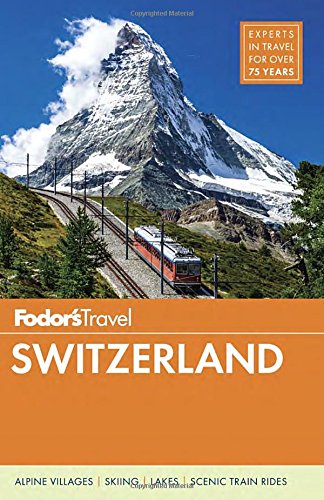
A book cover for Fodor's Switzerland (Full-color Travel Guide); Fodor's; Travel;